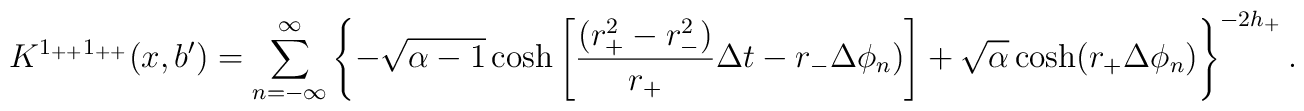
K^{1_{++}1_{++}}(x,b') = \sum_{n=-\infty}^{\infty} \left\{ - \sqrt{\alpha-1}\cosh\left[{(r_+^2 - r_-^2) \over r_+}\Delta t - r_- \Delta \phi_n) \right] + \sqrt{\alpha} \cosh( r_+\Delta \phi_n) \right\}^{-2h_+}.